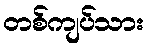
တစ်ကျပ်သား